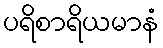
ပရိစာရိယမာနံ